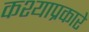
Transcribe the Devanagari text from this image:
कश्याप्रकारे